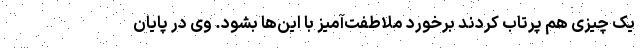
یک چیزی هم پرتاب کردند برخورد ملاطفت‌آمیز با این‌ها بشود. وی در پایان